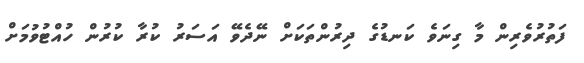
ފަތުރުވެރިން މާ ގިނަވެ ކަނޑުގެ ދިރުންތަކަށް ނޭދެވޭ އަސަރު ކުރާ ކުރުން ހުއްޓުވުމަށް